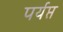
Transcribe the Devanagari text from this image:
पर्यप्त